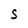
Character: S